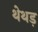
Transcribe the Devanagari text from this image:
थेथड़